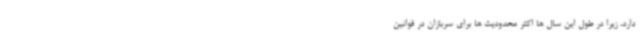
دارد، زیرا در طول این سال ها اکثر محدودیت ها برای سربازان در قوانین